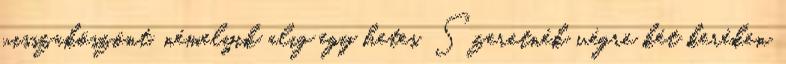
visszaköszönt, némelyik alig egy hetes. Szeretnék végre két keréken